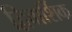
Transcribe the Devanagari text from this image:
द्विवार्शिक